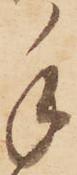
手